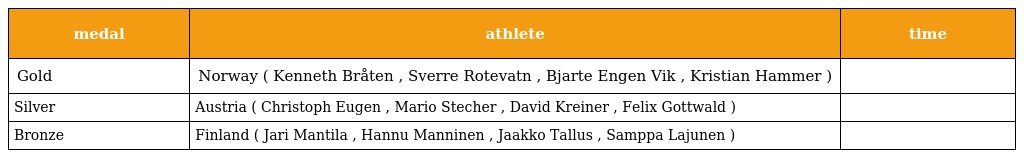
| medal | athlete | time |
 | --- | --- | --- |
 | Gold | Norway ( Kenneth Bråten , Sverre Rotevatn , Bjarte Engen Vik , Kristian Hammer ) |  |
 | Silver | Austria ( Christoph Eugen , Mario Stecher , David Kreiner , Felix Gottwald ) |  |
 | Bronze | Finland ( Jari Mantila , Hannu Manninen , Jaakko Tallus , Samppa Lajunen ) |  |